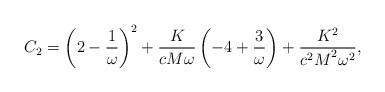
LaTeX: \begin{align*}C_2={{{\left( {2 - \frac{1}{\omega }} \right)}^2} + \frac{K}{{c M\omega}}\left( { - 4 + \frac{3}{\omega }} \right) + \frac{{{K^2}}}{{{{c^2 M}^2\omega ^2}}}},\end{align*}